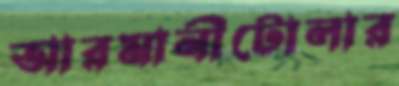
আরমানীটোলার